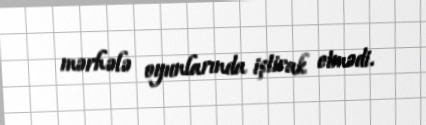
mərhələ oyunlarında iştirak etmədi.